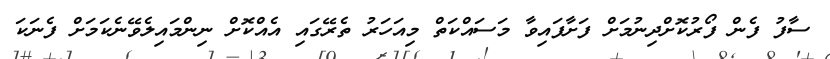
ސާފު ފެން ފޯރުކޮށްދިނުމަށް ފަށާފައިވާ މަސައްކަތް މިއަހަރު ތެރޭގައި އެއްކޮށް ނިންމައިލެވޭނެކަމަށް ފެނަކަ